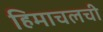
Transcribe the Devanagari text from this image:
हिमाचलची